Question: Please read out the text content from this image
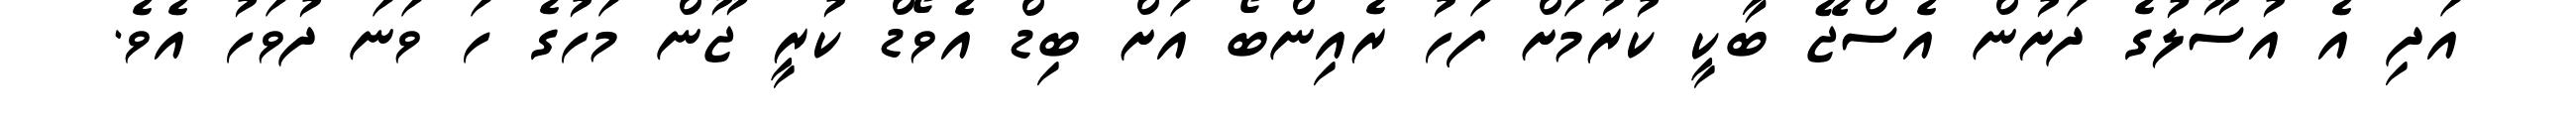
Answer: އަދި އެ އުސޫލުގެ ދަށުން އެސްޖޭ ބާކީ ކުރުމަށް ފަހު ރެއިންބޯ އަށް ބިޑް އެވޯޑް ކުރީ ޖޫން މަހުގެ ހަ ވަނަ ދުވަހު އެވެ.